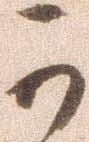
可